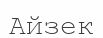
Айзек